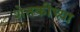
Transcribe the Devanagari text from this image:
शेतकीच्या